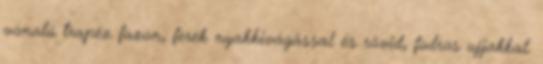
vonalú trapéz fazon, ferek nyakkivágással és rövid, fodros ujjakkal.